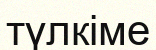
түлкіме